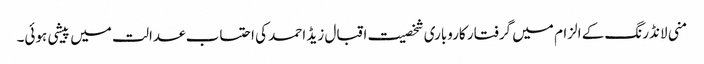
منی لانڈرنگ کے الزام میں گرفتار کاروباری شخصیت اقبال زیڈ احمد کی احتساب عدالت میں پیشی ہوئی۔